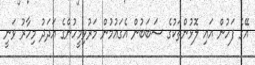
އޭގެ ފަހުން އައި ލޮޅުންތަކުގެ ސަބަބުން އެގައުމުން މަރުވިމީހުންގެ އަދަދު މިހާރު ވަނީ